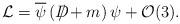
LaTeX: \begin{align*}{\cal L}=\overline{\psi }\left( D\!\!\!\!\slash+m\right) \psi +{\cal O}(3).\end{align*}